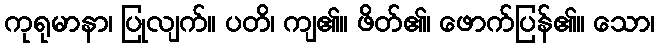
ကုရုမာနာ၊ ပြုလျက်။ ပတိ၊ ကျ၏။ ဖိတ်၏၊ ဖောက်ပြန်၏။ သော၊